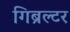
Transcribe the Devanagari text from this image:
गिब्रल्टर